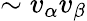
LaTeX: \sim v_{\alpha}v_{\beta}